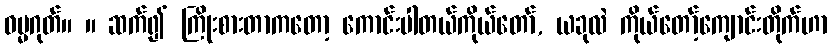
ဓမ္မဂုတ်။ ။ ဆက်၍ ကြိုးစားတာကတော့ ကောင်းပါတယ်ကိုယ်တော်, ယခုလဲ ကိုယ်တော့်ကျောင်းတိုက်ဟာ